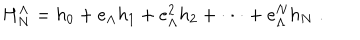
H _ { N } ^ { \Lambda } = h _ { 0 } + e _ { \Lambda } h _ { 1 } + e _ { \Lambda } ^ { 2 } h _ { 2 } + \cdot \cdot \cdot + e _ { \Lambda } ^ { N } h _ { N } \; .